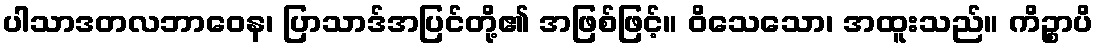
ပါသာဒတလဘာဝေန၊ ပြာသာဒ်အပြင်တို့၏ အဖြစ်ဖြင့်။ ဝိသေသော၊ အထူးသည်။ ကိဉ္စာပိ